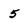
Character: 5